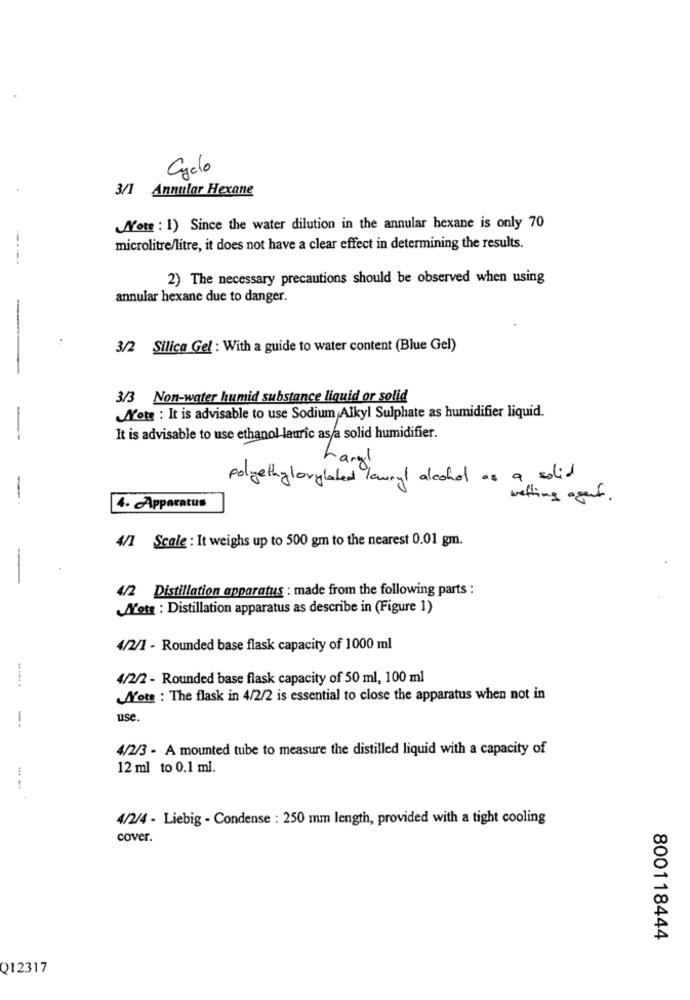
Cyclo
3/1 Annular Hexane
Note : 1) Since the water dilution in the annular hexane is only 70
microlitre/litre, it does not have a clear effect in determining the results.
2) The necessary precautions should be observed when using
annular hexane due to danger.
3/2 Silica Gel : With a guide to water content (Blue Gel)
3/3 Non-water humid substance liquid or solid
Note : It is advisable to use Sodium,Alkyl Sulphate as humidifier liquid.
It is advisable to use ethanol lauric as/a solid humidifier.
Langl
polyethy lovylated lawnyl alcohol as a solid
-
wetting agent .
4. Apparatus
4/1 Scale : It weighs up to 500 gm to the nearest 0.01 gm.
-
4/2 Distillation apparatus : made from the following parts :
Note : Distillation apparatus as describe in (Figure 1)
4/2/1 - Rounded base flask capacity of 1000 ml
4/2/2 - Rounded base flask capacity of 50 ml, 100 ml
Note : The flask in 4/2/2 is essential to close the apparatus when not in
use.
4/2/3 - A mounted tube to measure the distilled liquid with a capacity of
444
12 ml to 0.1 ml.
4/2/4 - Liebig - Condense : 250 mm length, provided with a tight cooling
cover.
800118444
Q12317